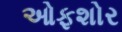
ઓફશોર